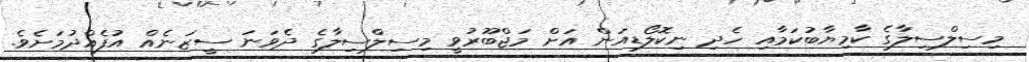
މިސިލްސިލާގެ ކާމިޔާބުކަމާއި ހެދި ނިކޮލޯޑިއަން އަށް މަޖްބޫރުވީ މިސިލްސިލާގެ ދެވަނަ ސީޒަނެއް އުފެއްދުމަށެވެ.